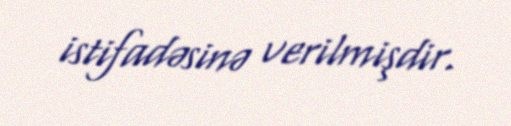
istifadəsinə verilmişdir.